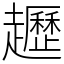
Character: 䟐